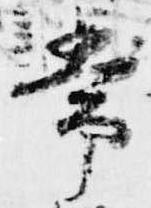
常